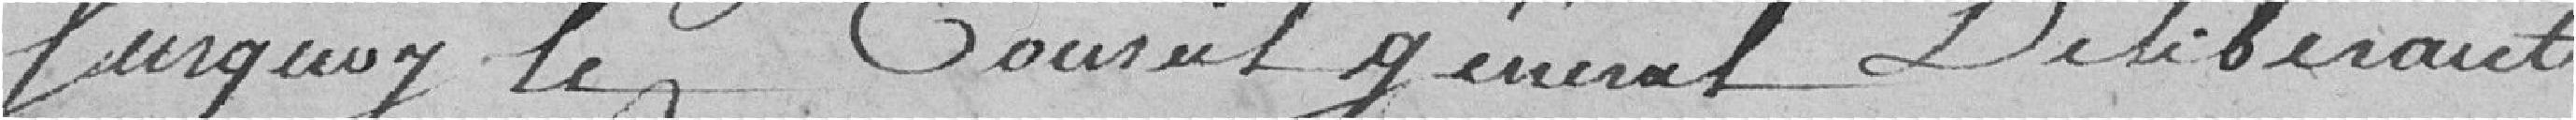
Surquoy le Conseil général Délibérant